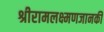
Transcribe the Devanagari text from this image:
श्रीरामलक्ष्मणजानकी